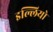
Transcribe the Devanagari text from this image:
इल्लियो